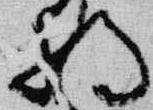
将